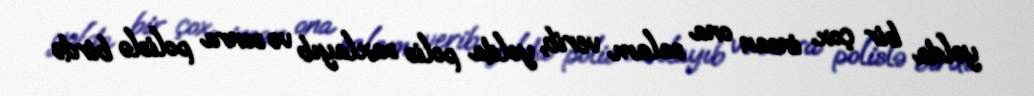
yolda bir çox insan ona salam verib, yolda polis saxlayıb və sonra polislə birdə